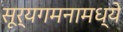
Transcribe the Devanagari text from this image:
सूर्यगमनामध्ये